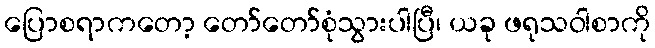
ပြောစရာကတော့ တော်တော်စုံသွားပါပြီ၊ ယခု ဖရုသဝါစာကို